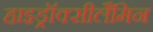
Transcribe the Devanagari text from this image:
हाइड्रॉक्सीलैमिन